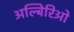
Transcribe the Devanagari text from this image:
अल्बिरिओ